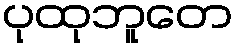
ပုထုဘူတေ